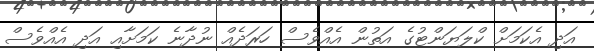
އަދި އެކަމަށް ކްލަޔަންޓުގެ އަތުން އެއްވެސް ހަރަދެއް ނުދާނެ ކަމަށާއި އަދި އެއްވެސް